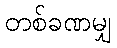
တစ်ခဏမျှ